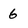
Character: 6